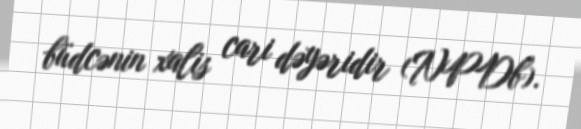
büdcənin xalis cari dəyəridir (NPDb).